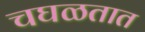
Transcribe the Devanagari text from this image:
चघळतात